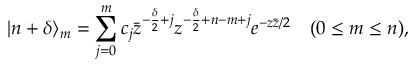
| n + \delta \rangle _ { m } = \sum _ { j = 0 } ^ { m } c _ { j } \bar { z } ^ { - \frac { \delta } { 2 } + j } z ^ { - \frac { \delta } { 2 } + n - m + j } e ^ { - z \bar { z } / 2 } \quad ( 0 \leq m \leq n ) ,